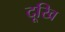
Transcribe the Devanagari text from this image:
दूखि